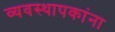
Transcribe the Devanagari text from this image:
व्यवस्थापकांना